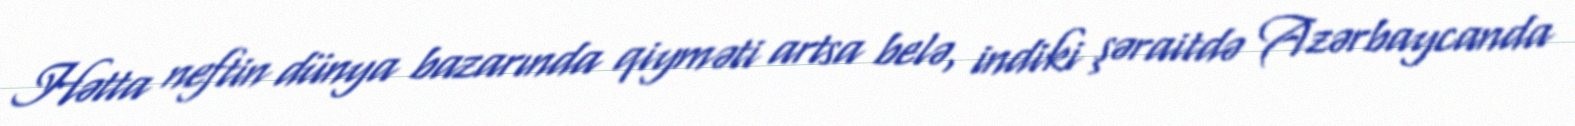
Hətta neftin dünya bazarında qiyməti artsa belə, indiki şəraitdə Azərbaycanda